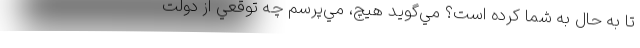
تا به حال به شما كرده است؟ مي‌گويد هيچ، مي‌پرسم چه توقعي از دولت